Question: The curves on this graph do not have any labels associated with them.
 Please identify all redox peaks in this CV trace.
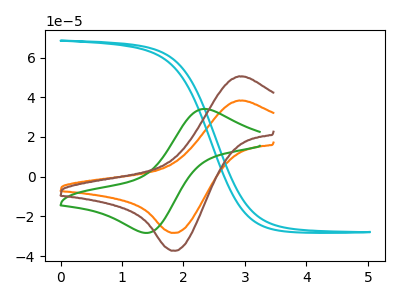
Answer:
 <answer>The orange curve "orange" has an anodic peak at (2.90V, 38.35uA) and a cathodic peak at (1.85V, -28.30uA). The cyan curve "cyan" has no peaks. The green curve "green" has an anodic peak at (2.35V, 34.10uA) and a cathodic peak at (1.35V, -28.30uA). The brown curve "brown" has an anodic peak at (2.90V, 50.55uA) and a cathodic peak at (1.85V, -37.30uA).</answer>
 <eval></eval>